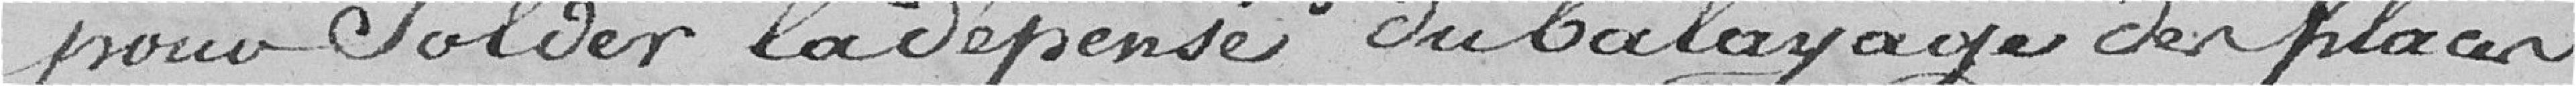
pour solder la dépense du balayage des places